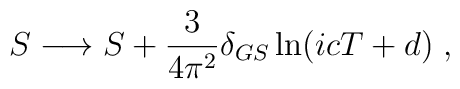
S \longrightarrow S+\frac{3}{4 \pi^2} \delta_{GS} \ln (i c  T+d)  \;,\